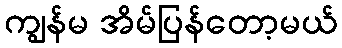
ကျွန်မ အိမ်ပြန်တော့မယ်